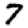
Digit: 7